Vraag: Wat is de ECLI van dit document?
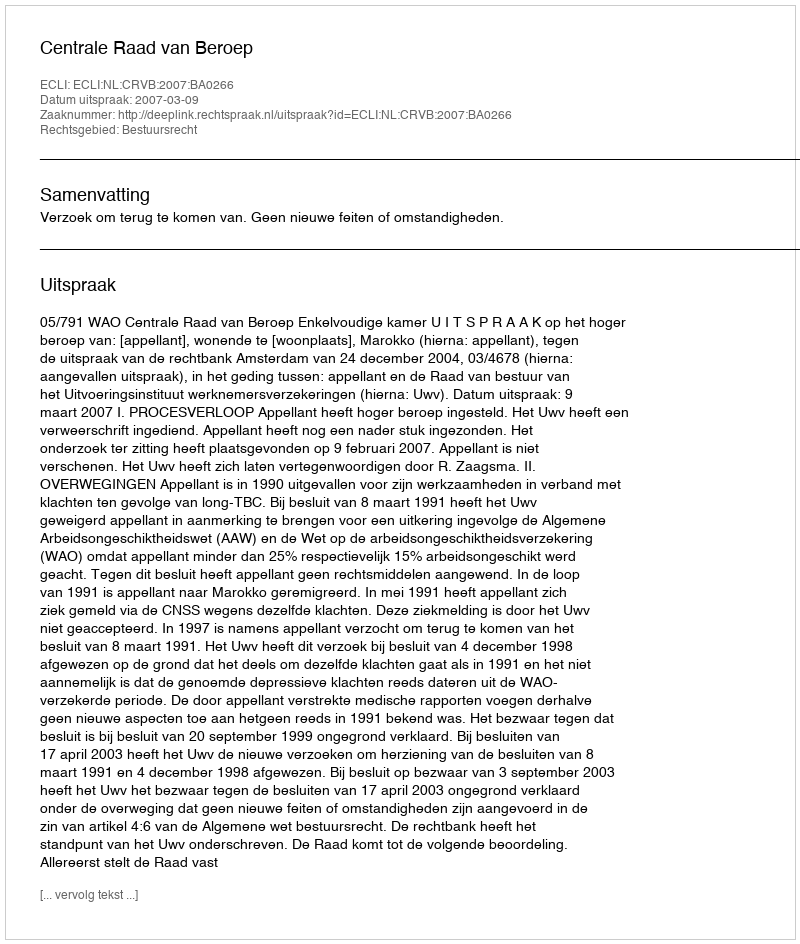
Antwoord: ECLI:NL:CRVB:2007:BA0266